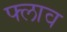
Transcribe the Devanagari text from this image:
फ्लाव